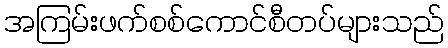
အကြမ်းဖက်စစ်ကောင်စီတပ်များသည်